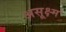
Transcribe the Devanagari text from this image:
असूक्ष्म